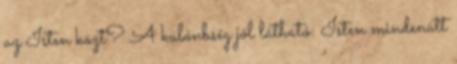
az Isten közt? A különbség jól látható: Isten mindenütt